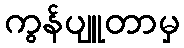
ကွန်ပျူတာမှ